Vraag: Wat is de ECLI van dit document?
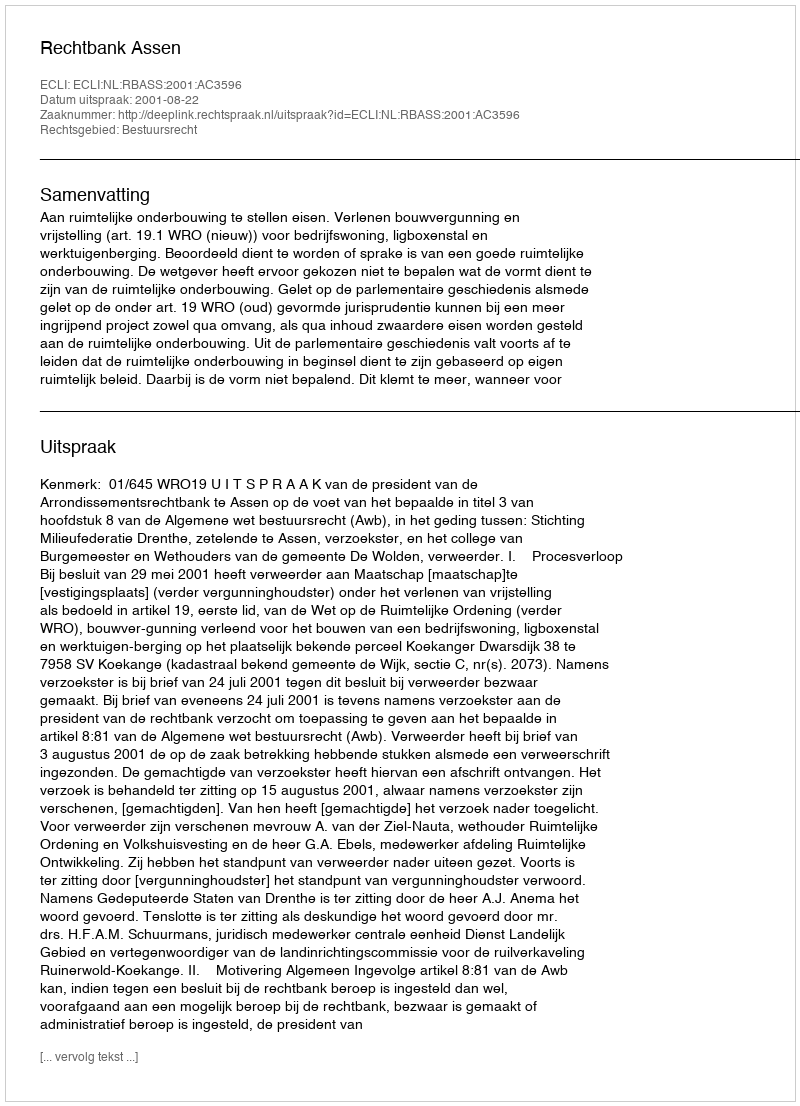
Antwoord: ECLI:NL:RBASS:2001:AC3596